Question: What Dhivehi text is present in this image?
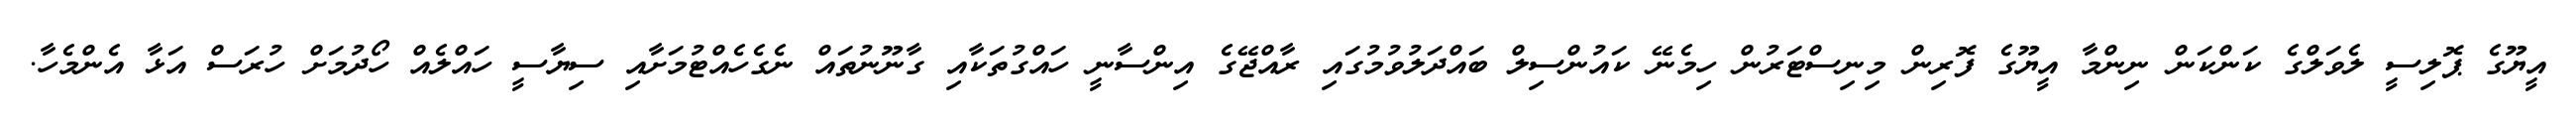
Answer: އީޔޫގެ ޕޮލިސީ ލެވަލްގެ ކަންކަން ނިންމާ އީޔޫގެ ފޮރިން މިނިސްޓަރުން ހިމެނޭ ކައުންސިލް ބައްދަލުވުމުގައި ރާއްޖޭގެ އިންސާނީ ހައްގުތަކާއި ގާނޫނުތައް ނެގެހެއްޓުމަށާއި ސިޔާސީ ހައްލެއް ހޯދުމަށް ހުރަސް އަޅާ އެންމެހާ.